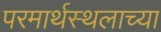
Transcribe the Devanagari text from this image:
परमार्थस्थलाच्या